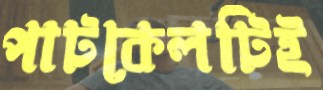
পাটকেলটিই